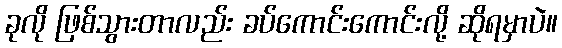
ခုလို ဖြစ်သွားတာလည်း ခပ်ကောင်းကောင်းလို့ ဆိုရမှာပဲ။